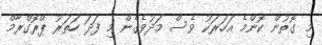
މި ގޮތުން ކޮންމެ އަހަރަކު ވެސް މަދުވެގެން މި ފަދަ ހަތަރު ޕްރޮގްރާމް